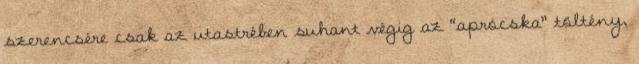
szerencsére csak az utastrében suhant végig az “aprócska” töltény,